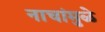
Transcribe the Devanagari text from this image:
नाचांमुळे